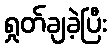
ရှုတ်ချခဲ့ပြီး